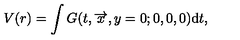
V ( r ) = \int G ( t , \overrightarrow { x } , y = 0 ; 0 , 0 , 0 ) \mathrm { d } t ,